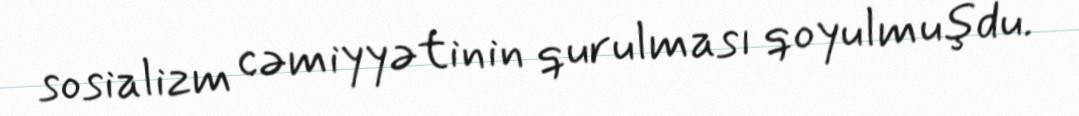
sosializm cəmiyyətinin qurulması qoyulmuşdu.